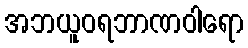
အဘယူဝရဘာဏဝါရော